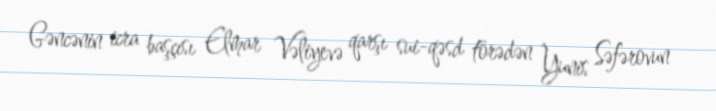
Gəncənin icra başçısı Elmar Vəliyevə qarşı sui-qəsd törədən Yunis Səfərovun